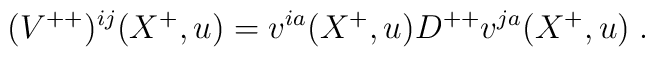
({ V}^{++})^{ij}(X^+,u) =v^{ia}(X^+,u)D^{++}v^{ja}(X^+,u)\; .